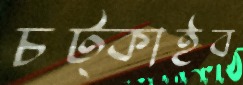
চট্‌কাইব